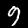
Label: 9